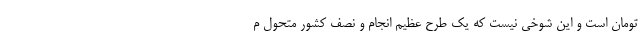
تومان است و این شوخی نیست که یک طرح عظیم انجام و نصف کشور متحول م